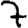
Digit: 7